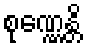
စုဏ္ဏေန္တိ